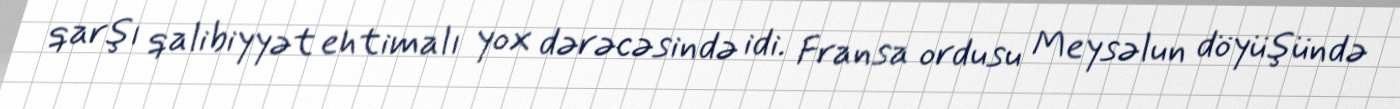
qarşı qalibiyyət ehtimalı yox dərəcəsində idi. Fransa ordusu Meysəlun döyüşündə